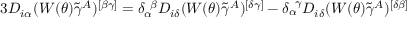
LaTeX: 3 D _ { i \alpha } ( W ( \theta ) \tilde { \gamma } ^ { A } ) ^ { [ \beta \gamma ] } = \delta _ { \alpha } ^ { ~ \beta } D _ { i \delta } ( W ( \theta ) \tilde { \gamma } ^ { A } ) ^ { [ \delta \gamma ] } - \delta _ { \alpha } ^ { ~ \gamma } D _ { i \delta } ( W ( \theta ) \tilde { \gamma } ^ { A } ) ^ { [ \delta \beta ] }